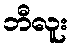
ဘီလူး